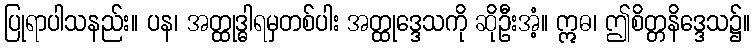
ပြုရာပါသနည်း။ ပန၊ အတ္ထုဒ္ဓါရမှတစ်ပါး အတ္ထုဒ္ဒေသကို ဆိုဦးအံ့။ ဣဓ၊ ဤစိတ္တနိဒ္ဒေသ၌။